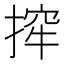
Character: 㨓